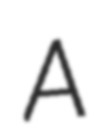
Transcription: A